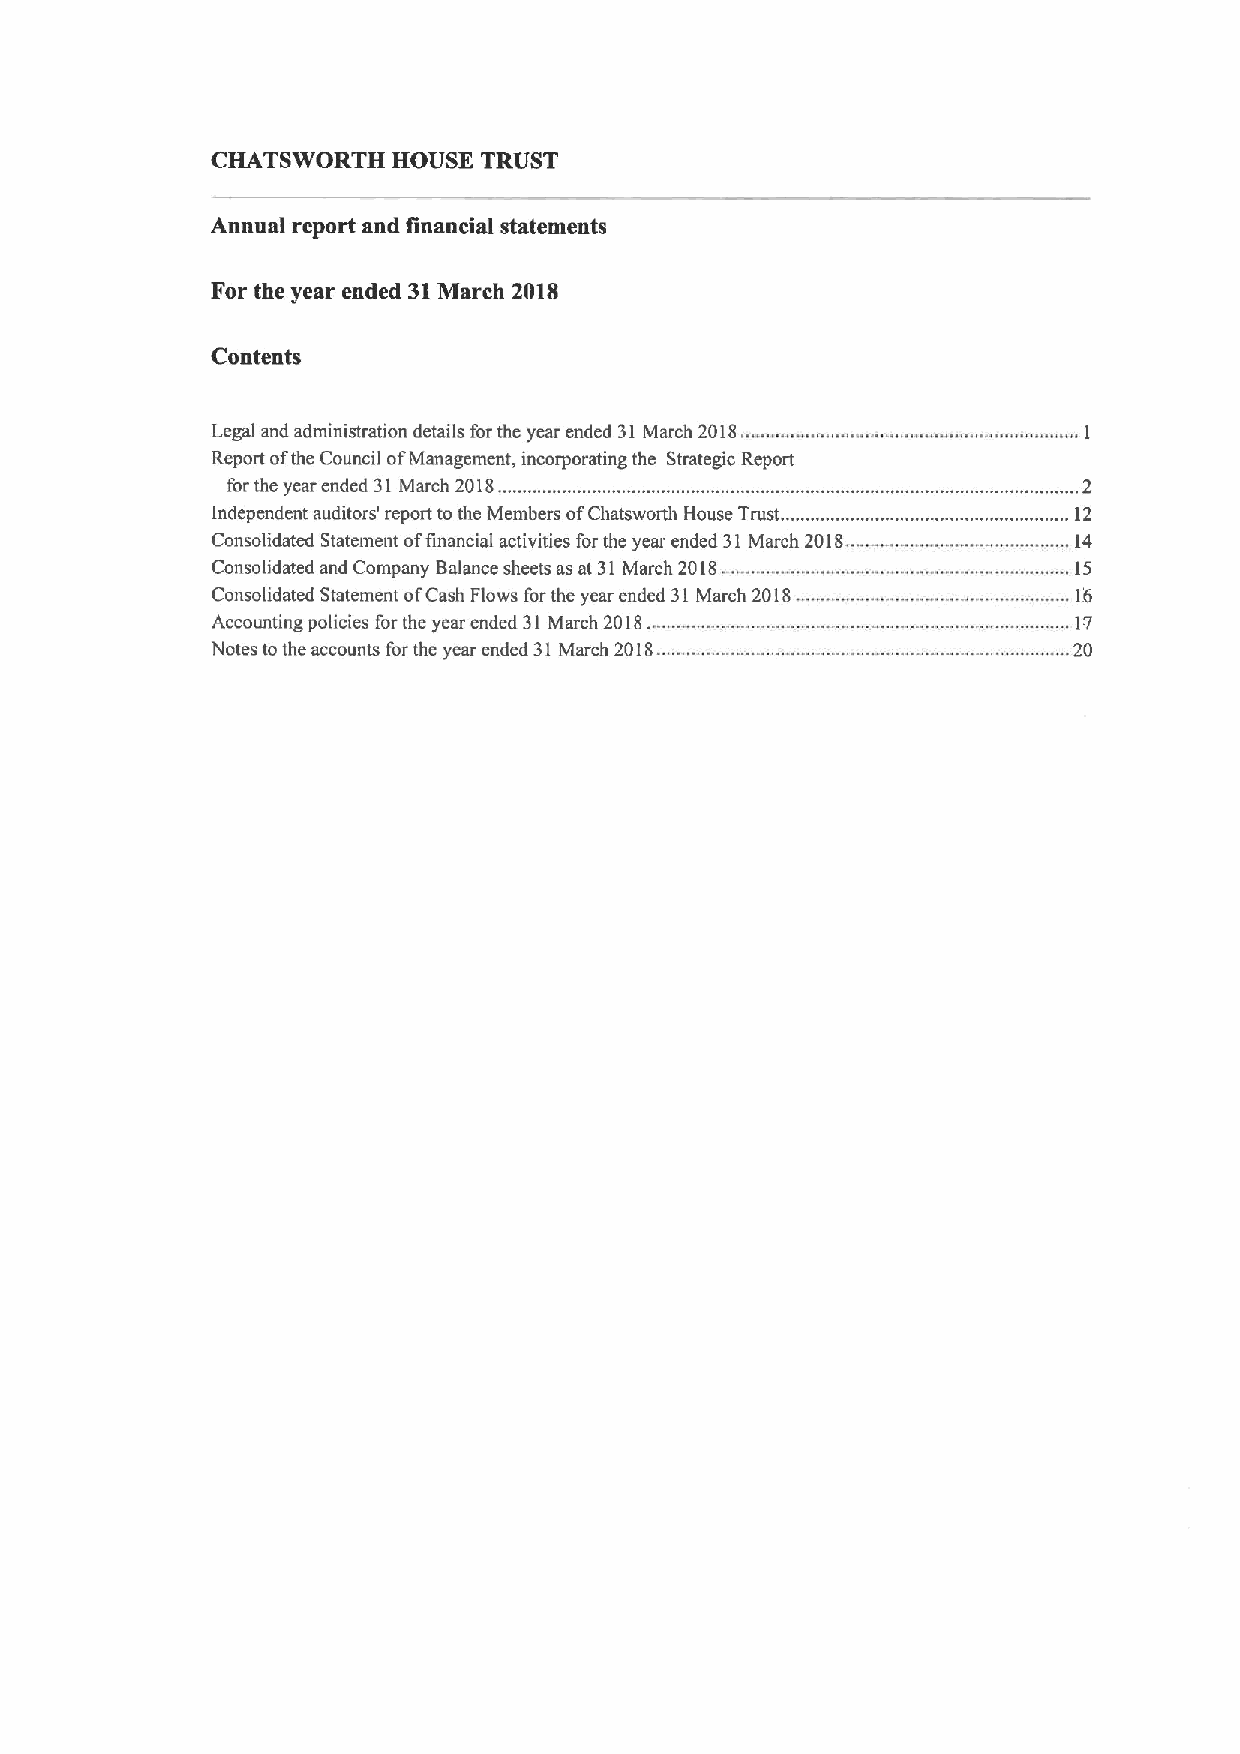
CHATSWORTH  HOUSE TRUST
 Annual report and financial statements
 For the year ended 31March 2018
 Contents
 Legal and administration details for the year ended 31March 2018..
 Report ofthe Council ofManagement, incorporating the Strategic Report
 for the year ended 31March 2018............................................. ............................... ........2
 Independent auditors' report to the Members ofChatsworth House Trust. .I2
 Consolidated Statement offinancial activities for the year ended 31 March 2018.. .... ... ...14
 Consolidated and Company Balance sheets as at 31March 2018. ..15
 Consolidated Statement ofCash Flows forthe year ended 31March 2018. .. 16
 Accounting policies forthe year ended 31 March 2018.     17
 Notes tothe accounts for the year ended 31March 2018..   20